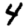
Digit: 4